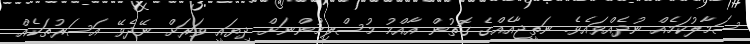
ސަމާލުކަމެއް ނުދެއްވައެވެ. ނަތީޖާއެއްގެ ގޮތުން އާއްމު މުސްލިމުންނަށް ދިޔައީ ވަރަށް ނޭދެވޭ އަސަރުތަކެއް